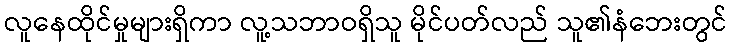
လူနေထိုင်မှုများရှိကာ လူ့သဘာဝရှိသူ မိုင်ပတ်လည် သူ၏နံဘေးတွင်